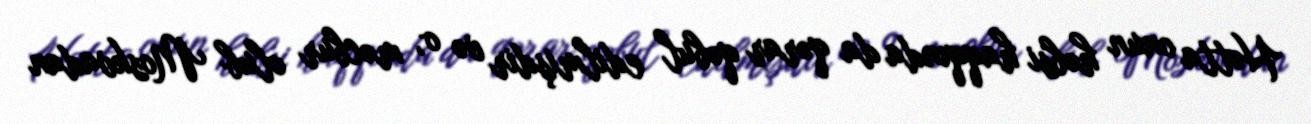
Hətta onun həbsi haqqında da qərar qəbul edilmişdir və o, məcbur olub Moskvadan